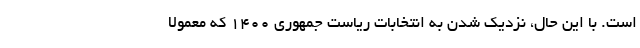
است. با این حال، نزدیک شدن به انتخابات ریاست جمهوری 1400 که معمولا